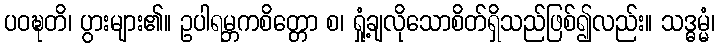
ပဝဍ္ဎတိ၊ ပွားများ၏။ ဥပါရမ္ဘကစိတ္တော စ၊ ရှုံ့ချလိုသောစိတ်ရှိသည်ဖြစ်၍လည်း။ သဒ္ဓမ္မံ၊